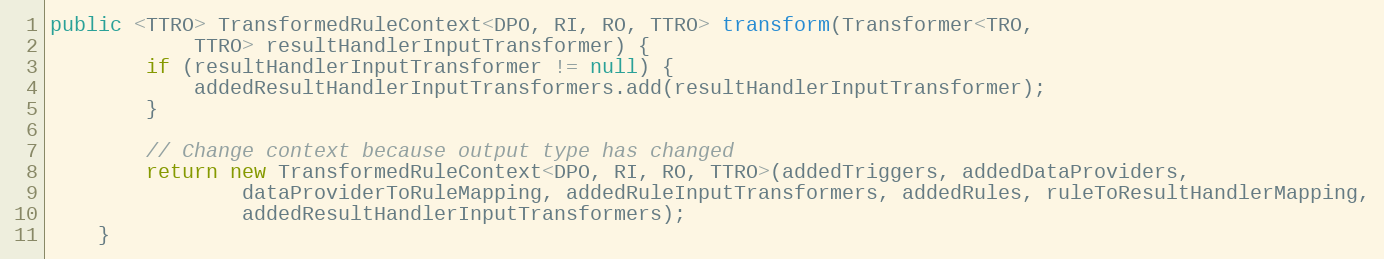
Language: Java
public <TTRO> TransformedRuleContext<DPO, RI, RO, TTRO> transform(Transformer<TRO,
            TTRO> resultHandlerInputTransformer) {
        if (resultHandlerInputTransformer != null) {
            addedResultHandlerInputTransformers.add(resultHandlerInputTransformer);
        }

        // Change context because output type has changed
        return new TransformedRuleContext<DPO, RI, RO, TTRO>(addedTriggers, addedDataProviders,
                dataProviderToRuleMapping, addedRuleInputTransformers, addedRules, ruleToResultHandlerMapping,
                addedResultHandlerInputTransformers);
    }